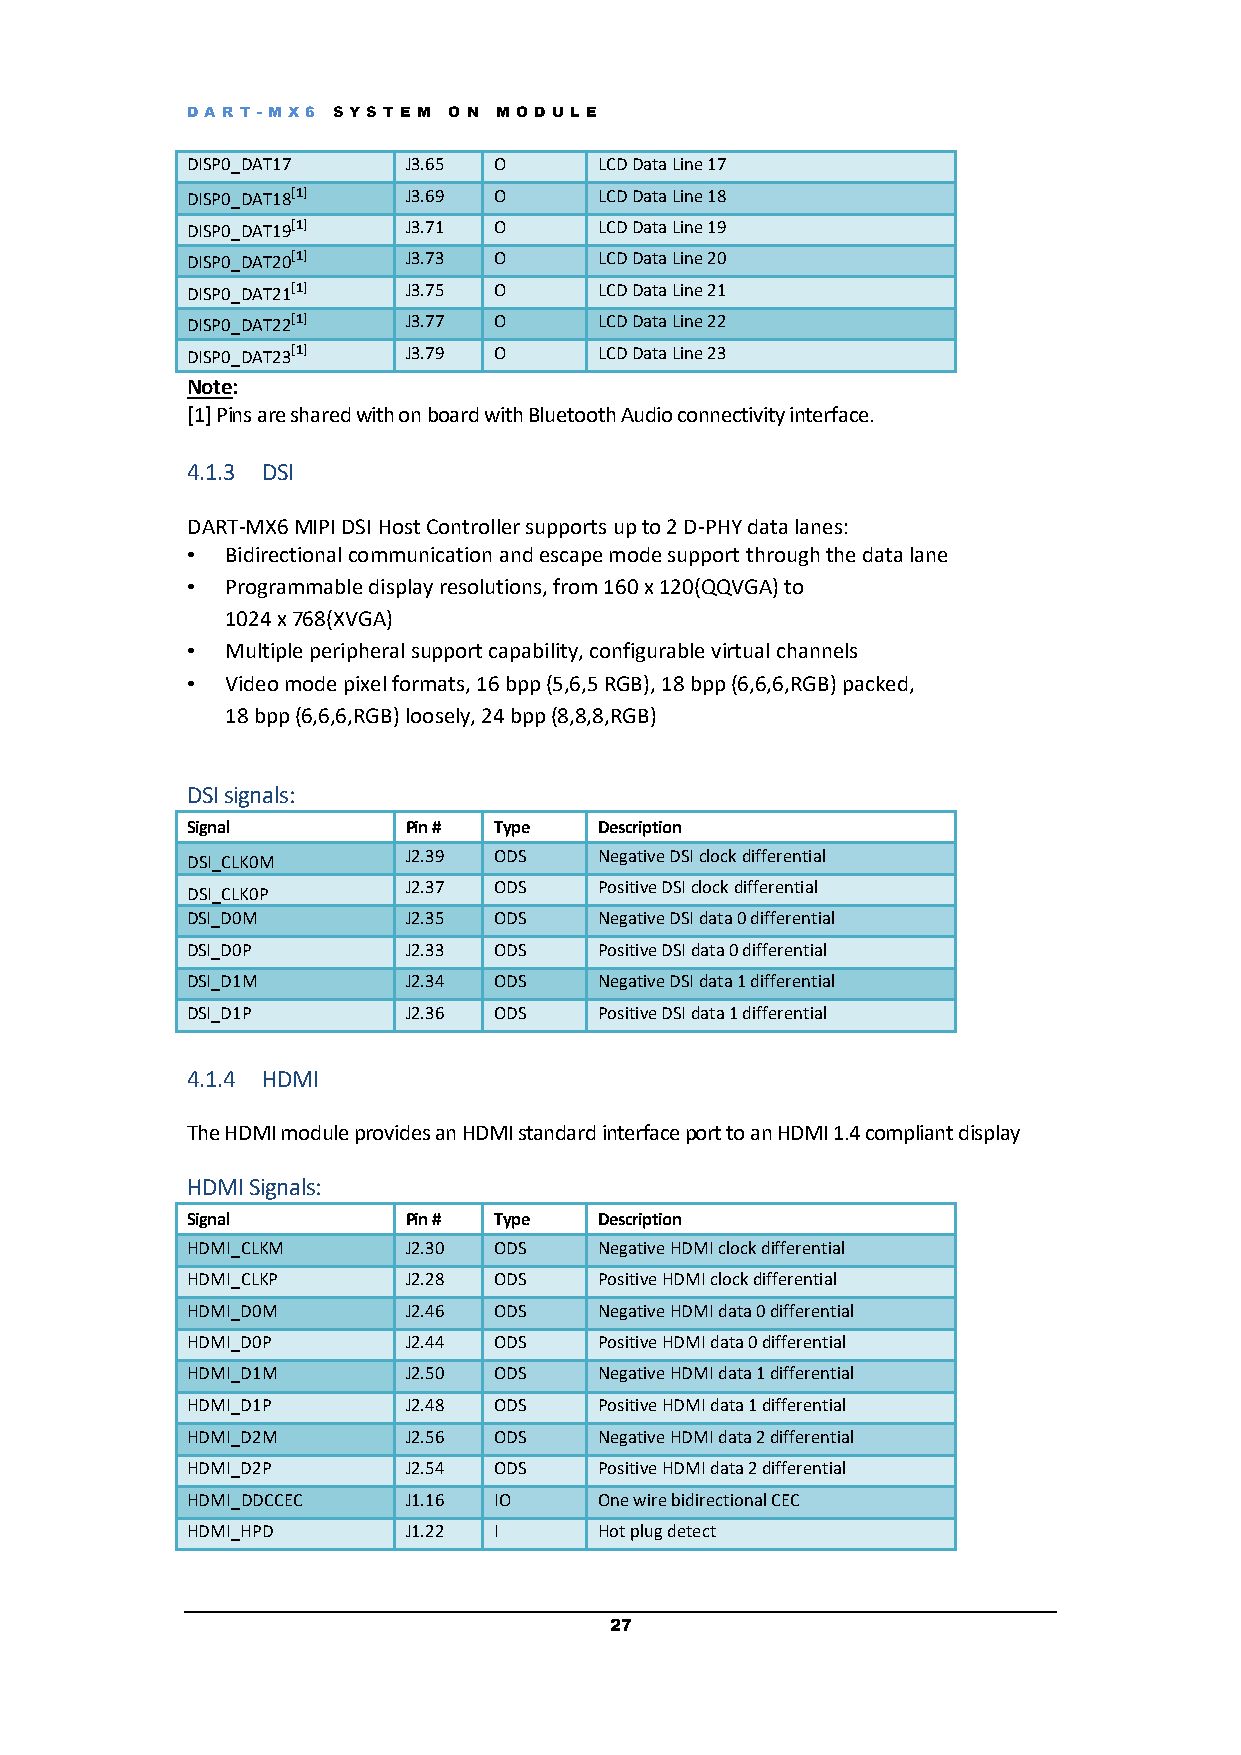
DART -M X6 S YS T E M O N M OD UL E
 DISP0_DAT17    J3.65 O      LCD Data Line 17
 DISP0_DAT18[1] J3.69 O      LCD Data Line 18
 DISP0_DAT19[1] J3.71 O      LCD Data Line 19
 DISP0_DAT20[1] J3.73 O      LCD Data Line 20
 DISP0_DAT21[1] J3.75 O      LCD Data Line 21
 DISP0_DAT22[1] J3.77 O      LCD Data Line 22
 DISP0_DAT23[1] J3.79 O      LCD Data Line 23
 Note:
 [1] Pins are shared with on board with Bluetooth Audio connectivity interface.
 4.1.3 DSI
 DART-MX6 MIPI DSI Host Controller supports up to 2 D-PHY data lanes:
 •  Bidirectional communication and escape mode support through the data lane
 •  Programmable display resolutions, from 160 x 120(QQVGA) to
 1024 x 768(XVGA)
 •  Multiple peripheral support capability, configurable virtual channels
 •  Video mode pixel formats, 16 bpp (5,6,5 RGB), 18 bpp (6,6,6,RGB) packed,
 18 bpp (6,6,6,RGB) loosely, 24 bpp (8,8,8,RGB)
 DSI signals:
 Signal         Pin # Type   Description
 J2.39 ODS    Negative DSI clock differential
 DSI_CLK0M
 J2.37 ODS    Positive DSI clock differential
 DSI_CLK0P
 DSI_D0M        J2.35 ODS    Negative DSI data 0 differential
 DSI_D0P        J2.33 ODS    Positive DSI data 0 differential
 DSI_D1M        J2.34 ODS    Negative DSI data 1 differential
 DSI_D1P        J2.36 ODS    Positive DSI data 1 differential
 4.1.4 HDMI
 The HDMI module provides an HDMI standard interface port to an HDMI 1.4 compliant display
 HDMI Signals:
 Signal         Pin # Type   Description
 HDMI_CLKM      J2.30 ODS    Negative HDMI clock differential
 HDMI_CLKP      J2.28 ODS    Positive HDMI clock differential
 HDMI_D0M       J2.46 ODS    Negative HDMI data 0 differential
 HDMI_D0P       J2.44 ODS    Positive HDMI data 0 differential
 HDMI_D1M       J2.50 ODS    Negative HDMI data 1 differential
 HDMI_D1P       J2.48 ODS    Positive HDMI data 1 differential
 HDMI_D2M       J2.56 ODS    Negative HDMI data 2 differential
 HDMI_D2P       J2.54 ODS    Positive HDMI data 2 differential
 HDMI_DDCCEC    J1.16 IO     One wire bidirectional CEC
 HDMI_HPD       J1.22 I      Hot plug detect
 27